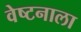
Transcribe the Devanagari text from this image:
वेष्टनाला